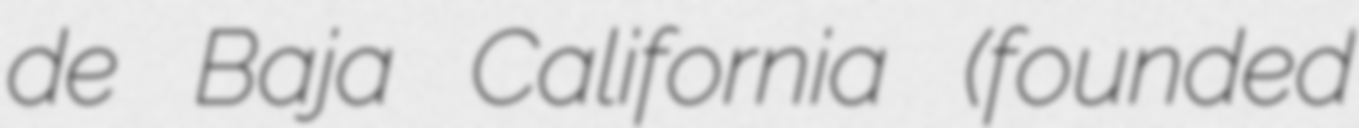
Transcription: de Baja California (founded